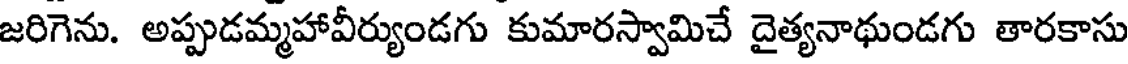
జరిగెను. అప్పుడమ్మహావీర్యుండగు కుమారస్వామిచే దైత్యనాథుండగు తారకాసు